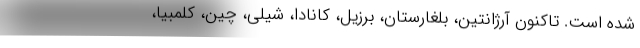
شده است. تاکنون آرژانتین، بلغارستان، برزیل، کانادا، شیلی، چین، کلمبیا،